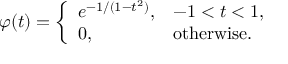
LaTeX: \varphi ( t ) = { \left\{ \begin{array} { l l } { e ^ { - 1 / ( 1 - t ^ { 2 } ) } , } & { - 1 < t < 1 , } \\ { 0 , } & { { \mathrm { o t h e r w i s e } } . } \end{array} \right. }